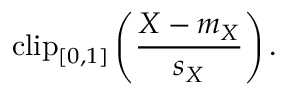
\mathrm { c l i p } _ { [ 0 , 1 ] } \left( \frac { X - m _ { X } } { s _ { X } } \right) .